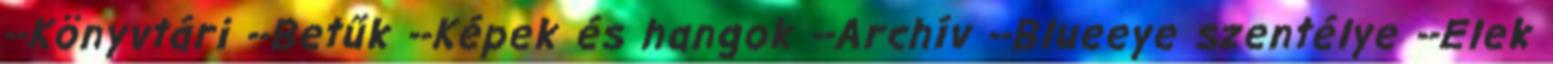
--Könyvtári --Betűk --Képek és hangok --Archív --Blueeye szentélye --Elek